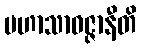
မဟာသာဝဇ္ဇာနီတိ